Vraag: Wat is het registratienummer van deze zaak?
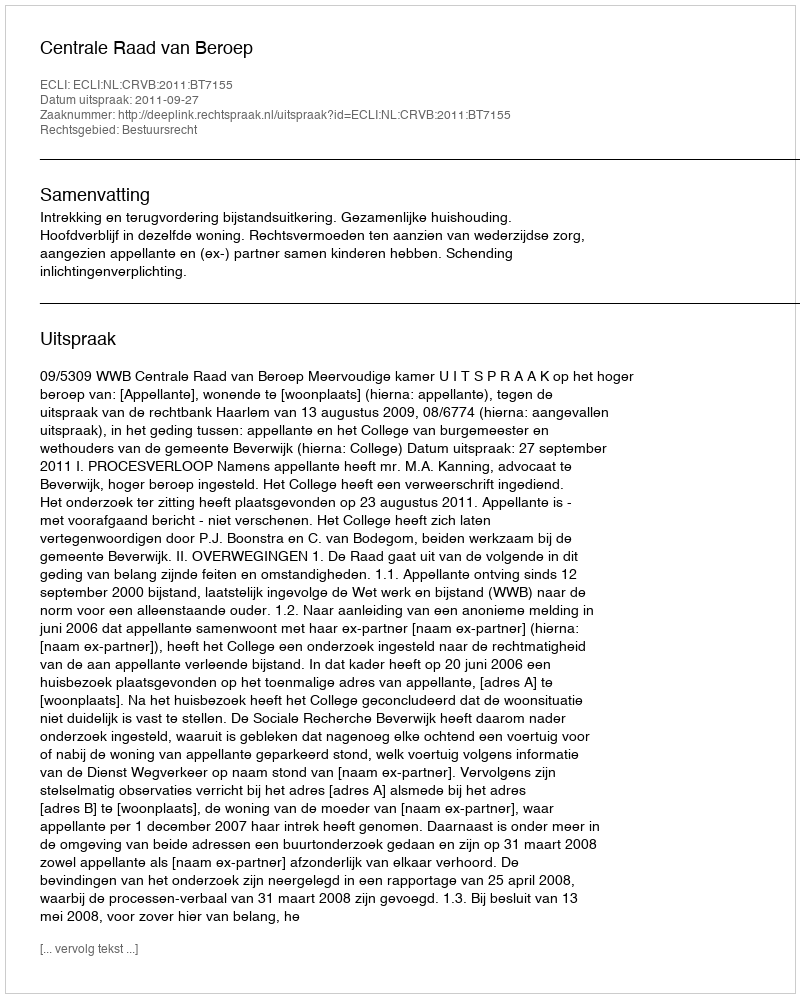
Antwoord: http://deeplink.rechtspraak.nl/uitspraak?id=ECLI:NL:CRVB:2011:BT7155